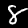
Label: 8